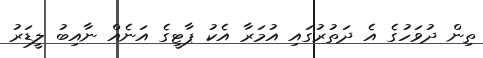
ތިން ދުވަހުގެ އެ ދަތުރުގައި އުމަރާ އެކު ޕާޓީގެ އަނެއް ނާއިބު ލީޑަރު